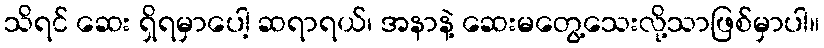
သိရင် ဆေး ရှိရမှာပေါ့ ဆရာရယ်၊ အနာနဲ့ ဆေးမတွေ့သေးလို့သာဖြစ်မှာပါ။